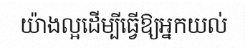
យ៉ាងល្អដើម្បីធ្វើឱ្យអ្នកយល់